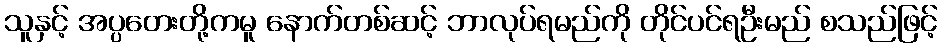
သူနှင့် အပ္ပတေးတို့ကမူ နောက်တစ်ဆင့် ဘာလုပ်ရမည်ကို တိုင်ပင်ရဦးမည် စသည်ဖြင့်